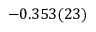
- 0 . 3 5 3 ( 2 3 )